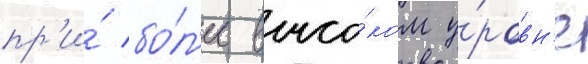
пр'и́ бо́л'ее высо́ком у́ровн'е